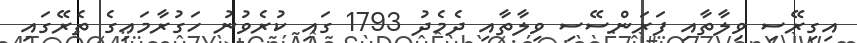
އިގިރޭސި ވިލާތާއި ފަރަންސޭސި ވިލާތާއި ދެެމެދު 1793 ގައި ކުރެވުނު ހަގުރާމައިގެ ތެރޭގައި